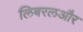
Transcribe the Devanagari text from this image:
लिबरलऔर